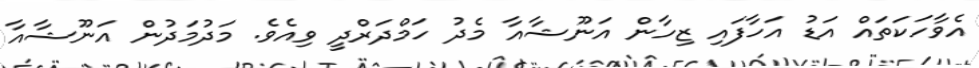
އެވާހަކަތައް އަޑު އަހާފައި ޒިހާން އަނޫޝާއާ މެދު ހަމްދަރްދީ ވިއެވެ. މަދުމަދުން އަނޫޝާއާ